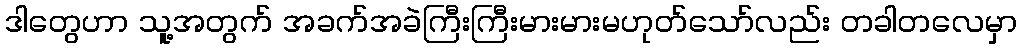
ဒါတွေဟာ သူ့အတွက် အခက်အခဲကြီးကြီးမားမားမဟုတ်သော်လည်း တခါတလေမှာ